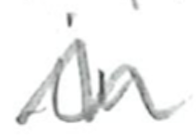
Text: in
Cross-out: zig-zag
Writing tool: pencil